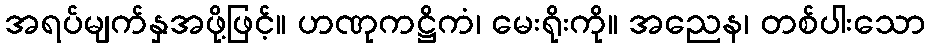
အရပ်မျက်နှအဖို့ဖြင့်။ ဟဏုကဋ္ဌိကံ၊ မေးရိုးကို။ အညေန၊ တစ်ပါးသော